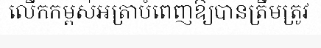
លើកកម្ពស់អត្រាបំពេញឱ្យបានត្រឹមត្រូវ